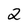
Character: 2